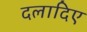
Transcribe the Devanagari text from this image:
दलादिए